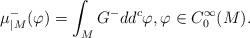
LaTeX: \begin{align*}\mu^-_{|M}(\varphi)=\int_MG^-dd^c\varphi,\varphi\in C^\infty_0(M).\end{align*}